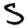
Digit: 5